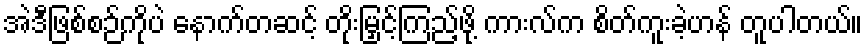
အဲဒီဖြစ်စဉ်ကိုပဲ နောက်တဆင့် တိုးမြှင့်ကြည့်ဖို့ ကားလ်က စိတ်ကူးခဲ့ဟန် တူပါတယ်။